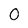
Character: 0